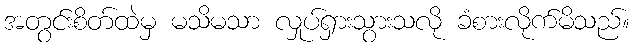
အတွင်းစိတ်ထဲမှ မသိမသာ လှုပ်ရှားသွားသလို ခံစားလိုက်မိသည်။